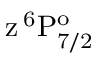
\mathrm { z \, ^ { 6 } P _ { 7 / 2 } ^ { o } }